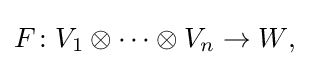
F\colon V_{1}\otimes \cdots \otimes V_{n}\to W{\text{,}}